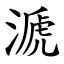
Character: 㴲